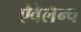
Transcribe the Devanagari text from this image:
ऐवेलैन्च